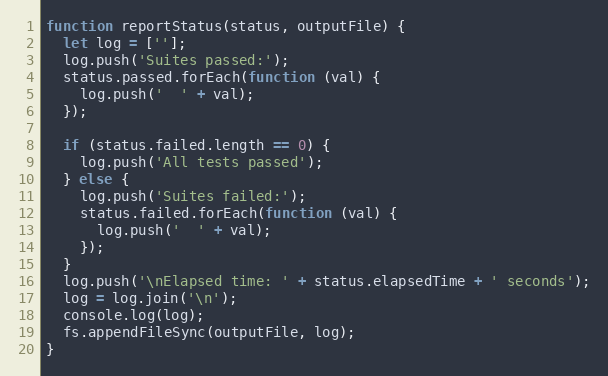
Language: JavaScript
function reportStatus(status, outputFile) {
  let log = [''];
  log.push('Suites passed:');
  status.passed.forEach(function (val) {
    log.push('  ' + val);
  });

  if (status.failed.length == 0) {
    log.push('All tests passed');
  } else {
    log.push('Suites failed:');
    status.failed.forEach(function (val) {
      log.push('  ' + val);
    });
  }
  log.push('\nElapsed time: ' + status.elapsedTime + ' seconds');
  log = log.join('\n');
  console.log(log);
  fs.appendFileSync(outputFile, log);
}